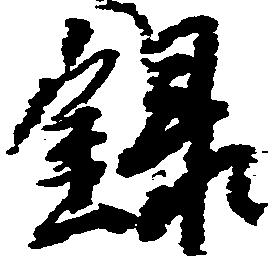
録